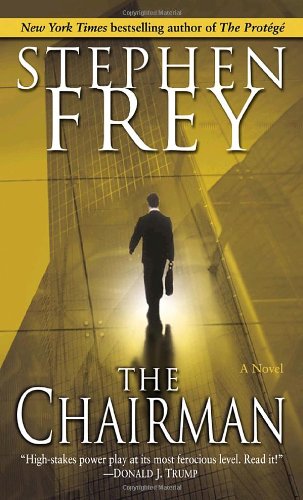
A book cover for The Chairman: A Novel; Stephen Frey; Mystery, Thriller & Suspense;